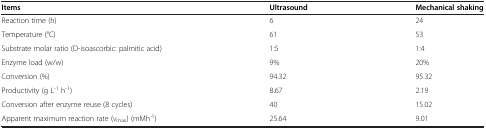
| Items | Ultrasound | Mechanical shaking |
 | --- | --- | --- |
 | Reaction time (h) | 6 | 24 |
 | Temperature (°C) | 61 | 53 |
 | Substrate molar ratio (D-isoascorbic: palmitic acid) | 1:5 | 1:4 |
 | Enzyme load (w/w) | 9% | 20% |
 | Conversion (%) | 94.32 | 95.32 |
 | Productivity (g L-1 h-1) | 8.67 | 2.19 |
 | Conversion after enzyme reuse (8 cycles) | 40 | 15.02 |
 | Apparent maximum reaction rate (vmax) (mMh-1) | 25.64 | 9.01 |